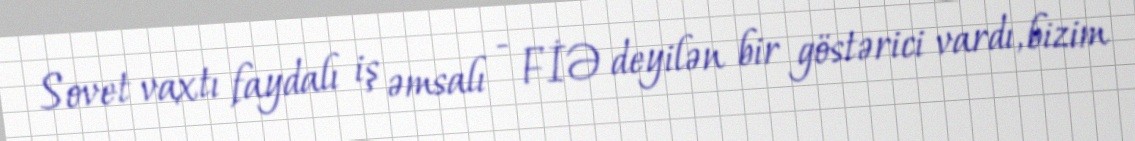
Sovet vaxtı faydalı iş əmsalı - FİƏ deyilən bir göstərici vardı, bizim